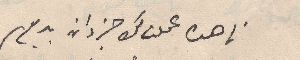
ناهده عملت لك جزدان بديع